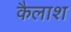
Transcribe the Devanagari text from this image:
कैलाश